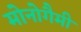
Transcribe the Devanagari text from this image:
मोनोगैमी